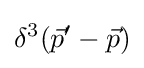
\delta ^{3}({\vec {p}}'-{\vec {p}})